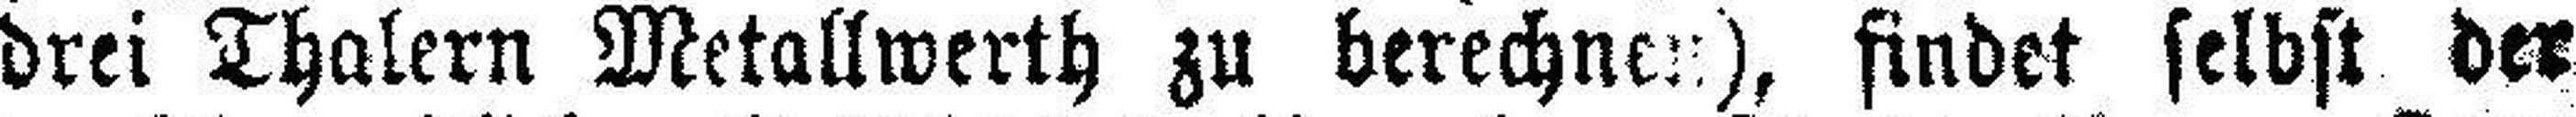
drei Thalern Metallwerth zu berechnen), findet selbst der